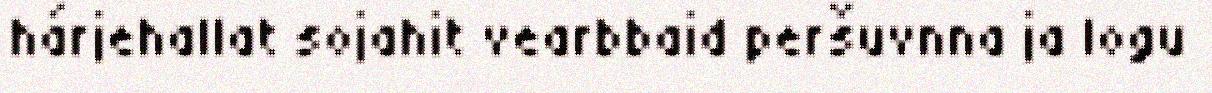
hárjehallat sojahit vearbbaid peršuvnna ja logu